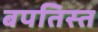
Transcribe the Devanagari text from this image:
बपतिस्त